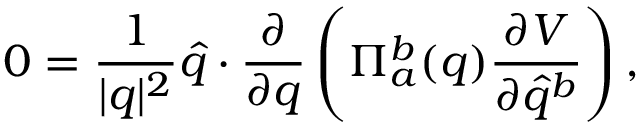
0 = \frac { 1 } { \vert q \vert ^ { 2 } } \widehat { q } \cdot \frac { \partial } { \partial q } \left( \Pi _ { a } ^ { b } ( q ) \frac { \partial V } { \partial \widehat { q } ^ { b } } \right) ,